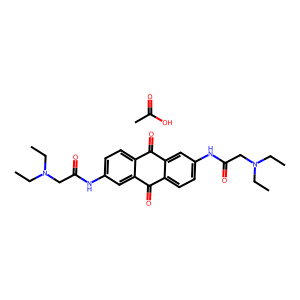
SMILES: CC(=O)O.CCN(CC)CC(=O)Nc1ccc2c(c1)C(=O)c1ccc(NC(=O)CN(CC)CC)cc1C2=O
Inhibits HIV replication: No